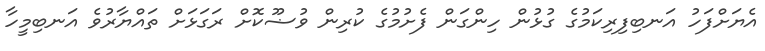
އެޔަށްފަހު އަނބިފިރިކަމުގެ ގުޅުން ހިންގަން ފެށުމުގެ ކުރިން ވުޟޫކޮށް ރަގަޅަށް ތައްޔާރުވެ އަނބިމީހާ